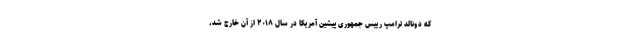
که دونالد ترامپ رییس جمهوری پیشین آمریکا در سال ۲۰۱۸ از آن خارج شد،